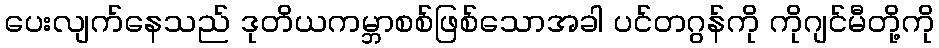
ပေးလျက်နေသည် ဒုတိယကမ္ဘာစစ်ဖြစ်သောအခါ ပင်တဂွန်ကို ကိုဂျင်မီတို့ကို